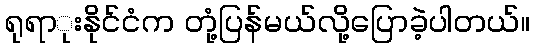
ရုရာုးနိုင်ငံက တုံ့ပြန်မယ်လို့ပြောခဲ့ပါတယ်။